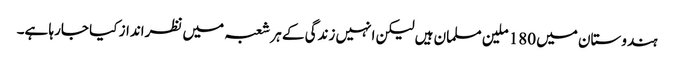
ہندوستان میں 180 ملین مسلمان ہیں لیکن انہیں زندگی کے ہر شعبہ میں نظرانداز کیا جارہا ہے۔